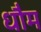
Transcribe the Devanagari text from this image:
धौम